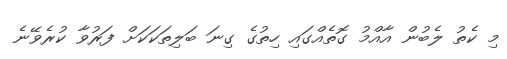
މި ކެތު ލެބުން އާއްމު ގޮތެއްގައި ހިތުގެ ގިނަ ބަލިތަކަކަށް ފަރުވާ ކުރެވޭނެ